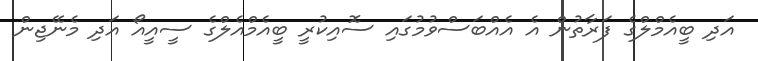
އަދި ބީއެމްލްގެ ފަރާތުން އެ އެއްބަސްވުމުގައި ސޮއިކުރީ ބީއެމްއެލްގެ ސީއީއޯ އަދި މެނޭޖިން